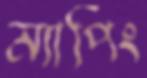
ম্যাপিং